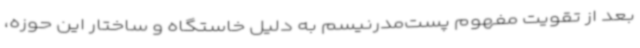
بعد از تقویت مفهوم پست‌مدرنیسم به دلیل خاستگاه و ساختار این حوزه،